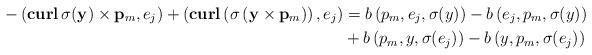
LaTeX: \begin{align*}-\left( \mathbf{curl}\,\sigma(\mathbf y)\times \mathbf p_m,e_j\right)+\left(\mathbf{curl}\left(\sigma\left(\mathbf y\times \mathbf p_m\right)\right),e_j\right)&=b\left( p_m,e_j, \sigma(y) \right)-b\left(e_j,p_m, \sigma(y) \right)\\&+b\left(p_m, y, \sigma(e_j) \right)-b\left( y,p_m, \sigma(e_j) \right)\end{align*}